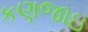
કણજાઇ